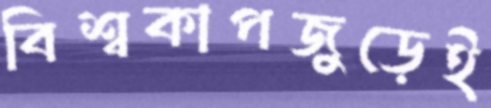
বিশ্বকাপজুড়েই